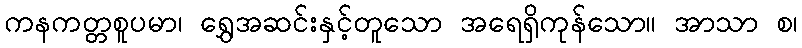
ကနကတ္တစူပမာ၊ ရွှေအဆင်းနှင့်တူသော အရေရှိကုန်သော။ အာသာ စ၊